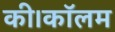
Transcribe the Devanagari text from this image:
की।कॉलम